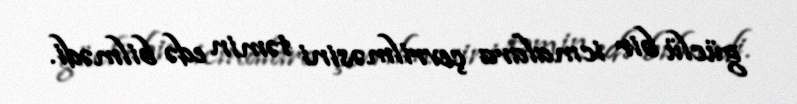
güclü bir icmalara çevrilməsini təmin edə bilmədi.